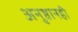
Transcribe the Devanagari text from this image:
अनुष्ठानही